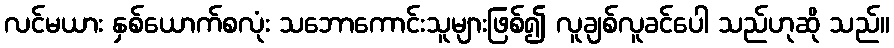
လင်မယား နှစ်ယောက်စလုံး သဘောကောင်းသူများဖြစ်၍ လူချစ်လူခင်ပေါ သည်ဟုဆို သည်။